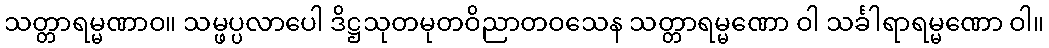
သတ္တာရမ္မဏာဝ။ သမ္ဖပ္ပလာပေါ ဒိဋ္ဌသုတမုတဝိညာတဝသေန သတ္တာရမ္မဏော ဝါ သင်္ခါရာရမ္မဏော ဝါ။